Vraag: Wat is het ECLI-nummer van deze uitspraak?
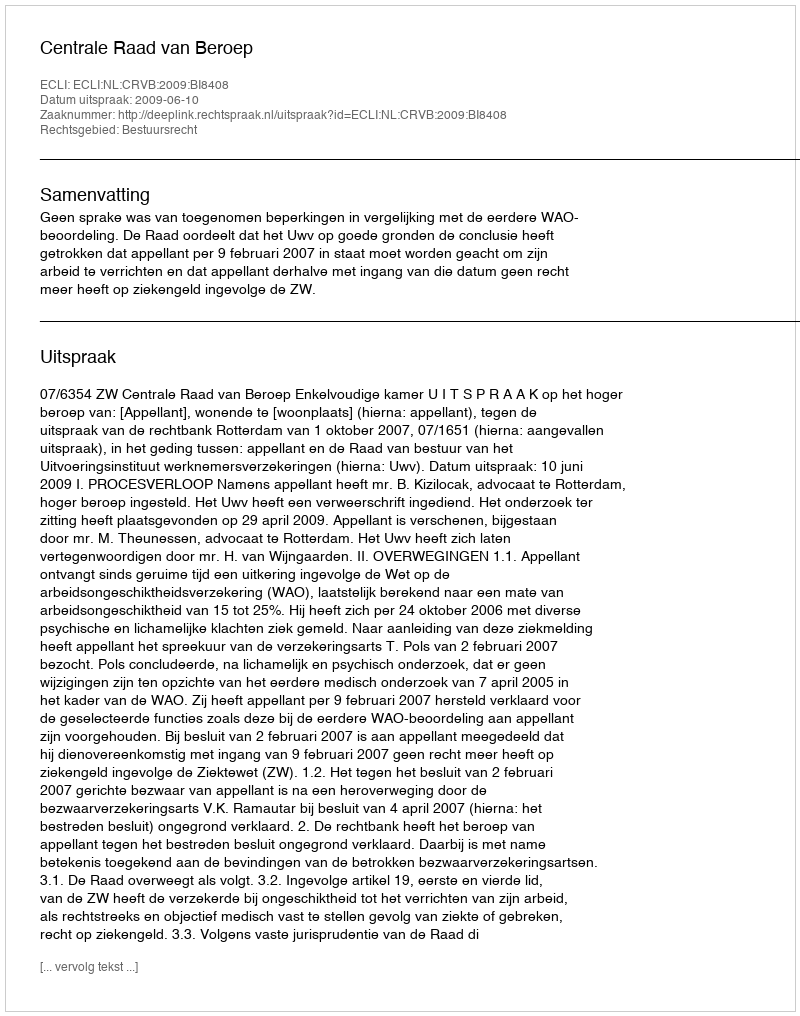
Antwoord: ECLI:NL:CRVB:2009:BI8408